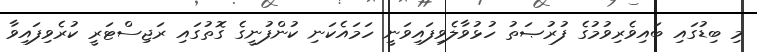
މި ބިޑުގައި ބައިވެރިވުމުގެ ފުރުޞަތު ހުޅުވާލެވިފައިވަނީ ހަމައެކަނި ކުންފުނީގެ ގޮތުގައި ރަޖިސްޓަރީ ކުރެވިފައިވާ